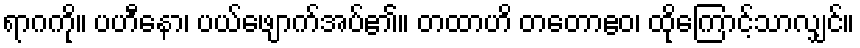
ရာဂကို။ ပဟီနော၊ ပယ်ဖျောက်အပ်၏။ တထာဟိ တတောဧဝ၊ ထိုကြောင့်သာလျှင်။